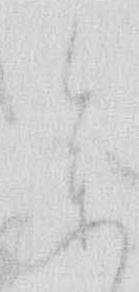
参